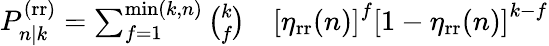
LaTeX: \begin{array}{rl}{P_{n|k}^{\mathrm{(rr)}}=\sum_{f=1}^{\operatorname*{min}(k,n)}\binom{k}{f}}&{{}\left[\eta_{\mathrm{rr}}(n)\right]^{f}\left[1-\eta_{\mathrm{rr}}(n)\right]^{k-f}}\end{array}